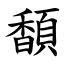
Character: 䫝